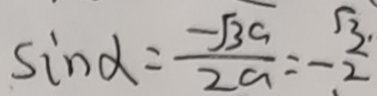
\sin \alpha = \frac { - \sqrt { 3 } a } { 2 a } = - \frac { \sqrt { 3 } } { 2 }